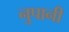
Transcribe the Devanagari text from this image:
नुपानी